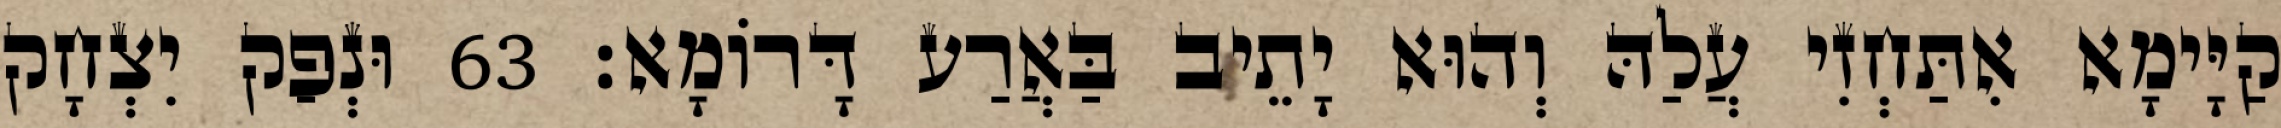
קַיָּימָא אִתַּחְזִי עֲלַהּ וְהוּא יָתֵיב בַּאֲרַע דָּרוֹמָא׃ 63 וּנְפַק יִצְחָק